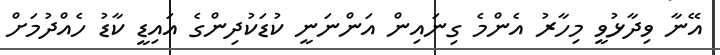
އޭނާ ވިދާޅުވީ މިހާރު އެންމެ ގިނައިން އަންނަނީ ކުޑަކުދިންގެ އައިޑީ ކާޑު ހެއްދުމަށް